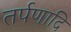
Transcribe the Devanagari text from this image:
तर्पणादि